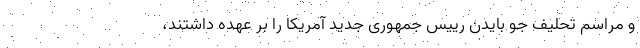
و مراسم تحلیف جو بایدن رییس جمهوری جدید آمریکا را بر عهده داشتند،